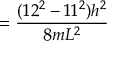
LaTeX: = { \frac { ( 1 2 ^ { 2 } - 1 1 ^ { 2 } ) h ^ { 2 } } { 8 m L ^ { 2 } } }